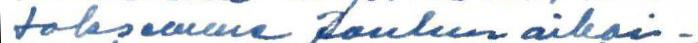
toksemme Joulun aikai-